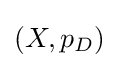
\left(X,p_{D}\right)